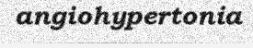
angiohypertonia